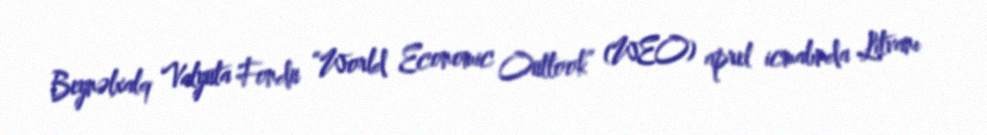
Beynəlxalq Valyuta Fondu “World Economic Outlook” (WEO) aprel icmalında Litvanı